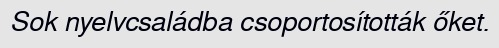
Sok nyelvcsaládba csoportosították őket.